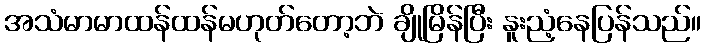
အသံမာမာထန်ထန်မဟုတ်တော့ဘဲ ချိုမြိန်ပြီး နူးညံ့နေပြန်သည်။